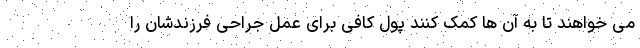
می خواهند تا به آن ها کمک کنند پول کافی برای عمل جراحی فرزندشان را